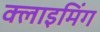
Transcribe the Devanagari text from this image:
क्लाइमिंग